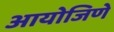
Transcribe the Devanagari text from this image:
आयोजिणे